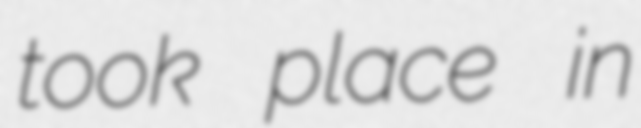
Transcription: took place in